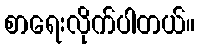
စာရေးလိုက်ပါတယ်။